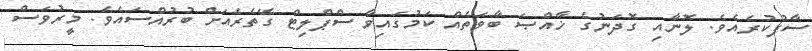
ސާފުކުރެއެވެ. ލޮނާއި ގޮދަނުގެ ޚާއްޞަ ބާވަތެއް ކަމުގައިވާ ސްޕްލިޓް ގޭތެރެއަށް ބުރުއްސައެވެ. މީރުވަސް